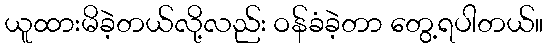
ယူထားမိခဲ့တယ်လို့လည်း ဝန်ခံခဲ့တာ တွေ့ရပါတယ်။